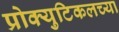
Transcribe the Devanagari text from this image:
प्रोक्युटिकलच्या